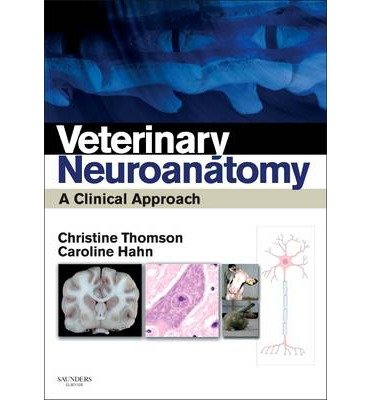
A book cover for [(Veterinary Neuroanatomy: A Clinical Approach)] [Author: Christine E. Thomson] published on (June, 2012); Christine E. Thomson; Medical Books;